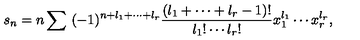
s _ { n } = n \sum \ ( - 1 ) ^ { n + l _ { 1 } + \cdots + l _ { r } } \frac { ( l _ { 1 } + \cdots + l _ { r } - 1 ) ! } { l _ { 1 } ! \cdots l _ { r } ! } x _ { 1 } ^ { l _ { 1 } } \cdots x _ { r } ^ { l _ { r } } ,